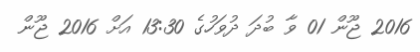
2016 ޖޫން 01 ވާ ބުދަ ދުވަހުގެ 13:30 އަށް 2016 ޖޫން